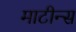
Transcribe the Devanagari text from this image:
माटीन्स